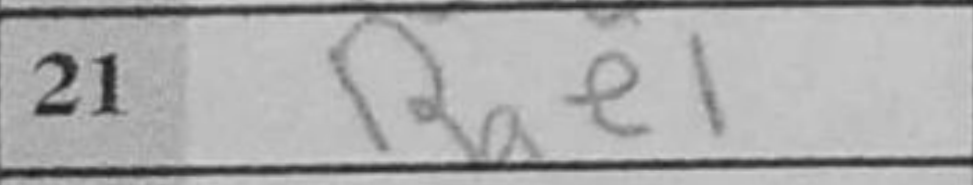
Transcription: Rae1